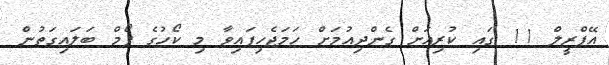
އޭޕްރީލް 11 ގައި ކުރިއަށް ގެންދިއުމަށް ހަމަޖެހިފައިވާ މި ކޯހުގެ ފޯމް ބަލައިގަތުން